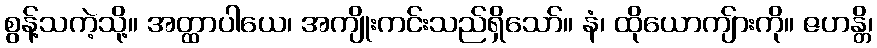
စွန့်သကဲ့သို့။ အတ္ထာပါယေ၊ အကျိုးကင်းသည်ရှိသော်။ နံ၊ ထိုယောကျ်ားကို။ ဇဟန္တိ၊